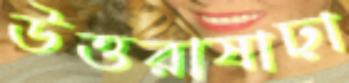
উত্তরাষাঢ়া